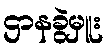
ဌာနခွဲမှူး